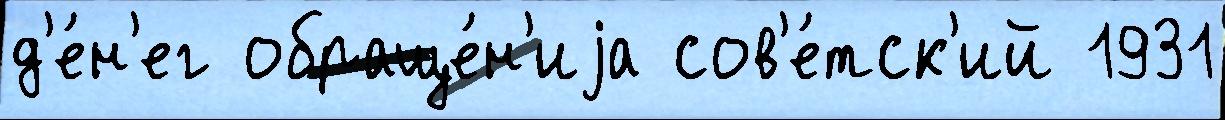
д'е́н'ег обраще́н'иjа сов'е́тск'ий 1931